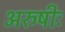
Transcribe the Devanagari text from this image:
अरुषीः